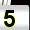
Digit: 5